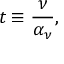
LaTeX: t \equiv { \frac { \nu } { \alpha _ { \nu } } } ,